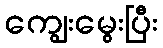
ကျွေးမွေးပြီး